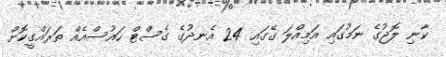
ކާނި ލޮޖުގެ ނަމުގައި އަމިއްލަ ގޭގައި 24 އެނދުގެ ގެސްޓް ހައުސްއެއް ތަރައްގީކޮށް